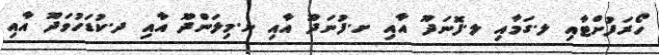
ހޯރަފުށްޓާއި ލ.ގަމާއި ލ.ފޮނަދޫ އާއި ށ.ފުނަދޫ އާއި ށ.މިލަންދޫ އާއި ދ.ކުޑަހުވަދޫ އާއި